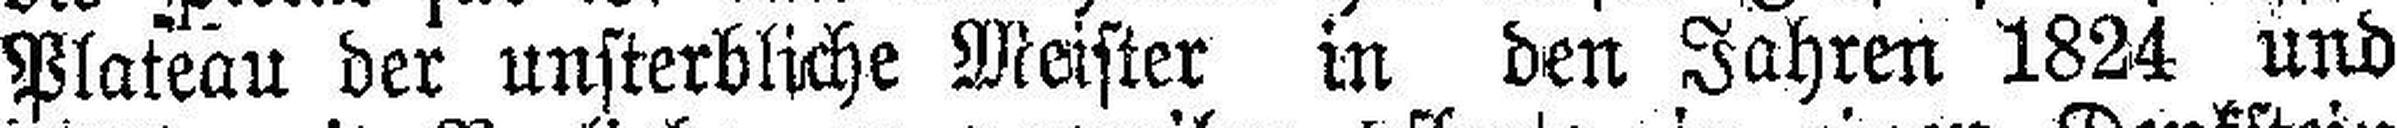
Plateau der unsterbliche Meister in den Jahren 1824 und